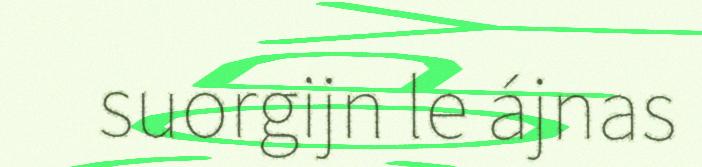
suorgijn le ájnas